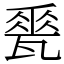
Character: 𪼽